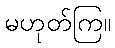
မဟုတ်ကြ။